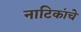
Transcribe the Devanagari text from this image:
नाटिकांचे